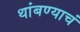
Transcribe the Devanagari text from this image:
थांबण्याचं